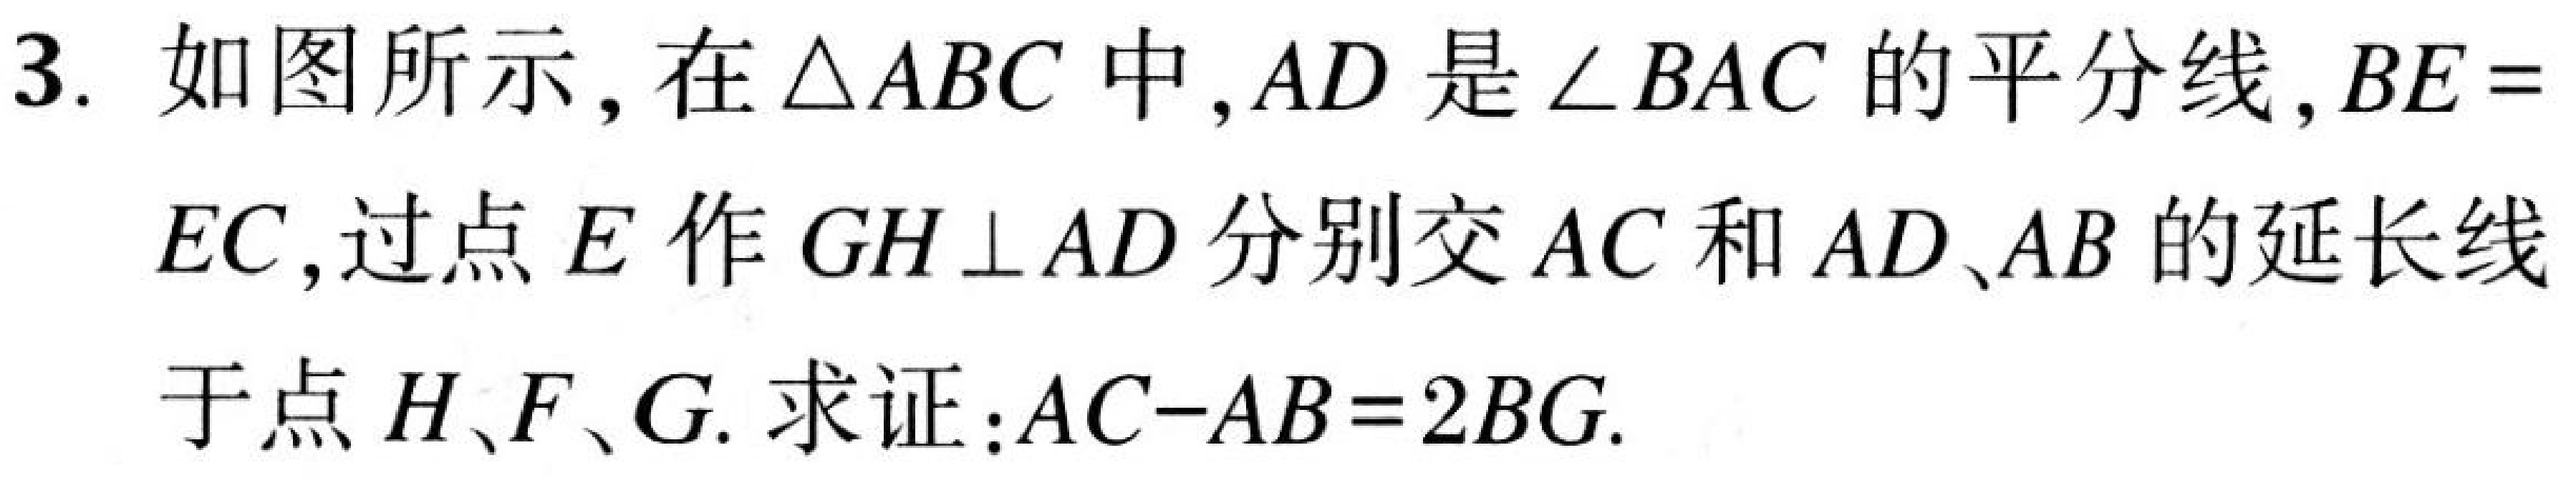
3. 如图所示, 在$\triangle ABC$中,$AD$是$\angle BAC$的平分线,$BE = EC$,过点$E$作$GH\perp AD$分别交$AC$和$AD$、$AB$的延长线于点$H$、$F$、$G$. 求证:$AC - AB = 2BG$.